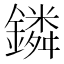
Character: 鏻